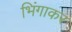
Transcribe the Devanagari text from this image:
भिंगाकर